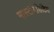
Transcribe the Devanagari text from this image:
मास्टॉयडिटिस